Lunatic asylums Burma 1922-24 - 1922-1924
Year: 1922
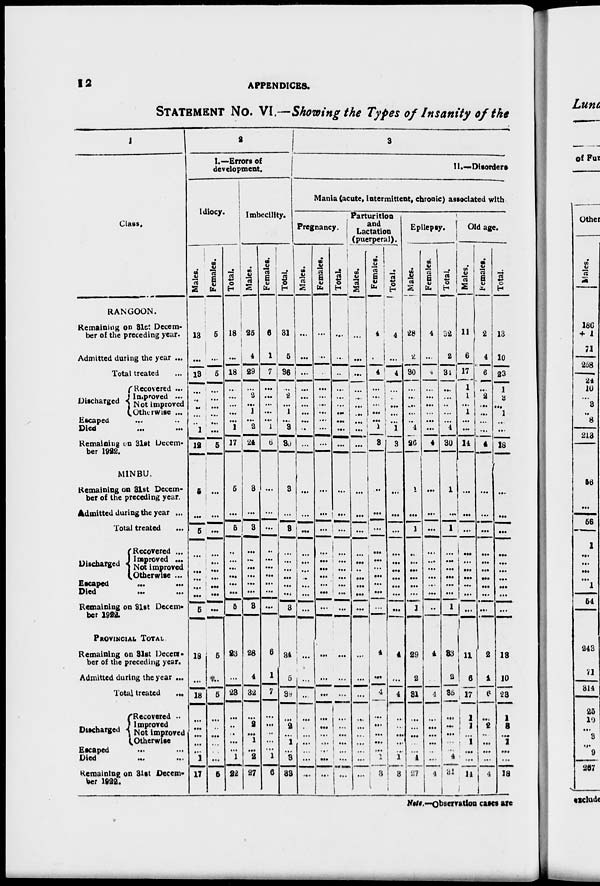
12
APPENDICES.
STATEMENT No. VI.—Showing the Types of Insanity of the
1
Class.
RANGOON.
Remaining on 31st Decem-
ber of the preceding year.
Admitted during the year ...
Total treated ...
Discharged
Recovered ...
Improved ...
Not improved
Otherwise ...
Escaped ... ...
Died ... ...
Remaining on 31st Decem-
ber 1922.
MINBU.
Remaining on 31st Decem-
ber of the preceding year.
Admitted during the year ...
Total treated
...
Discharged
Recovered ...
Improved ...
Not improved
Otherwise ...
Escaped ... ...
Died ... ...
Remaining on 31st Decem-
ber 1922.
PROVINCIAL TOTAL
Remaining on 81st Decem-
ber of the preceding year.
Admitted during the year ...
Total treated
...
Discharged
Recovered ..
Improved
Not improved
Otherwise
Escaped ... ...
Died
...
...
Remaining on 31st Decem-
ber 1922.
2
I.—Errors of
development.
Idiocy.
Males.
13
...
13
...
...
...
...
...
1
12
5
...
5
...
...
...
...
...
...
5
18
...
18
...
...
...
...
...
1
17
Females.
5
...
5
...
...
...
...
...
...
5
...
...
...
...
...
...
...
...
...
...
5
...
5
...
...
...
...
...
...
5
Total.
18
...
18
..
...
...
...
... 1
17
5
...
5
...
...
...
...
...
...
5
23
...
23
...
..
..
...
...
1
22
Imbecility.
Males.
25
4
29
...
2
...
1
...
2
24
3
...
3
...
...
...
...
...
...
3
28
4
32
...
2
...
1
...
2
27
Females.
6
1
7
...
...
...
...
...
1
6
...
...
...
...
...
...
...
...
...
...
6
1
7
...
...
..
...
...
1
6
Total.
31
5
36
...
2
...
1
...
3
30
3
...
3
...
...
...
...
...
...
3
34
5
39
...
2
...
1
...
3
33
3
II.—Disorders
Mania (acute, intermittent, chronic) associated with
Pregnancy.
Males.
...
...
...
...
...
...
...
...
..
...
...
...
...
...
...
...
...
...
...
...
...
...
..
...
...
...
...
...
...
...
Females.
...
..
...
...
...
...
...
...
...
...
...
...
...
...
...
...
...
...
...
...
...
...
...
...
...
...
..
...
...
...
Total.
...
...
..
...
...
...
...
...
...
...
...
...
...
...
...
...
...
...
...
...
...
...
...
...
...
...
...
...
...
...
Parturition
and
Lactation
(puerperal).
Males.
...
...
...
...
...
...
...
...
...
...
...
...
...
...
...
..
...
...
...
...
...
...
...
...
...
...
...
...
...
...
Females.
4
...
4
...
...
...
...
...
1
3
...
...
...
...
...
...
...
...
...
...
4
...
4
...
...
...
...
...
1
3
Total.
4
...
4
...
...
...
...
...
1
3
...
...
...
...
...
...
...
...
...
...
4
...
4
...
...
...
...
...
1
3
Eplieps.
Males.
28
2
30
...
...
...
...
..
4
26
1
...
1
...
...
...
...
...
...
1
29
2
31
...
...
...
...
...
4
27
Females.
4
...
4
...
...
...
...
...
...
4
...
...
...
...
...
...
...
...
...
..
4
...
4
...
...
...
...
...
...
4
Total.
32
2
34
...
...
..
...
...
4
30
1
...
1
...
...
...
...
...
...
1
83
2
35
...
...
...
...
...
4
31
Old age.
Males.
11
6
17
1
1
...
1
...
...
14
...
...
...
...
...
...
...
...
...
...
11
6
17
1
1
...
1
...
...
14
Females.
2
4
6
...
2
...
...
...
...
4
...
...
...
...
...
...
...
...
...
...
2
4
6
...
2
..
...
...
...
4
Total.
13
10
23
1
3
...
1
...
...
18
...
...
...
...
...
...
...
...
...
...
18
10
23
1
3
...
1
...
...
18
Note.—Observation cases are